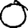
Digit: 0